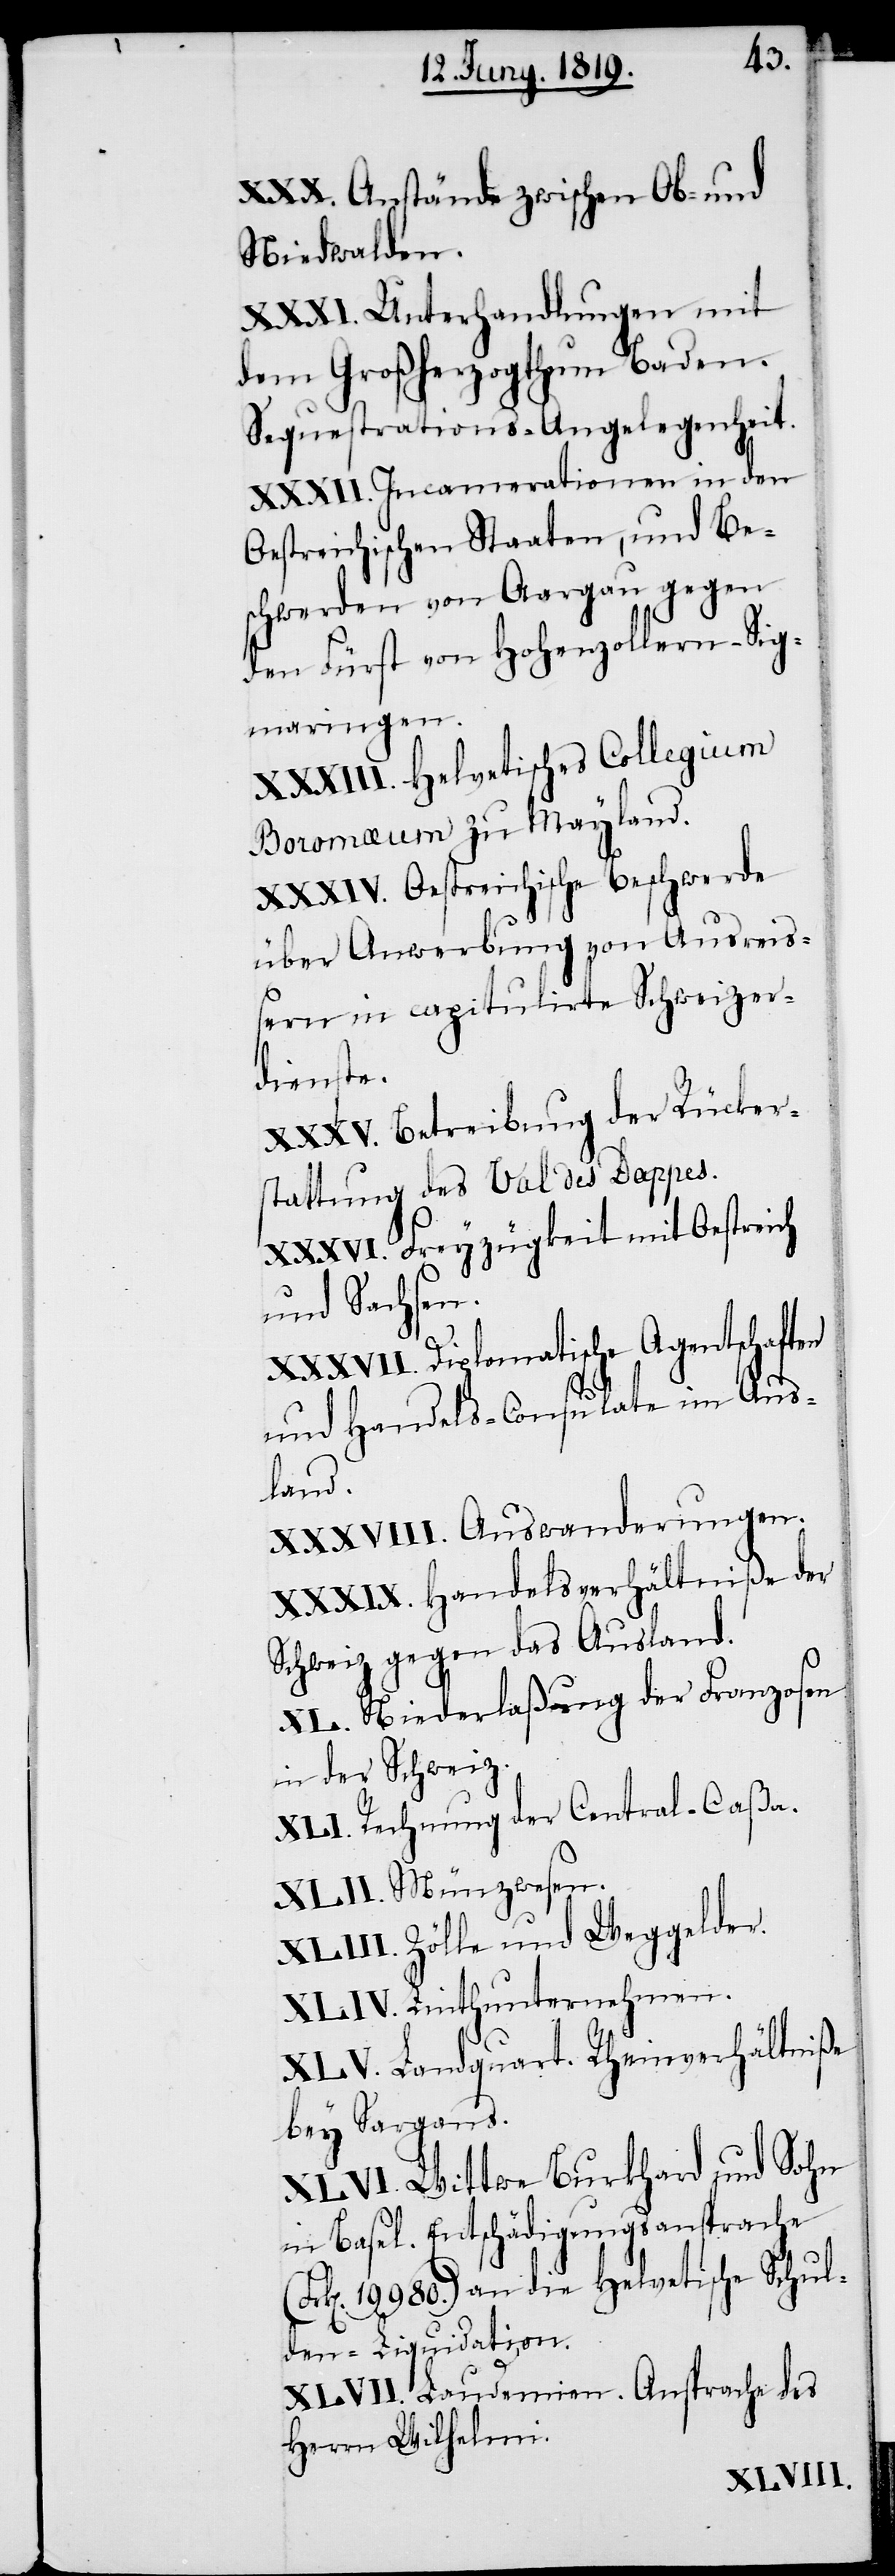
XXX. Anstände zwischen Ob- und
Niedwalden.
XXXI. Unterhandlungen mit
dem Großherzogthum Baden.
Sequestrations-Angelegenheit.
XXXII. Incamerationen in den
Oestreichischen Staaten, und Be¬
schwerden von Aargau gegen
den Fürst von Hohenzollern-Sig¬
maringen.
XXXIII. Helvetisches Collegium
Boromæum zu Mayland.
XXXIV. Oestreichische Beschwerde
über Anwerbung von Ausreis¬
sern in capitulirte Schweizer¬
dienste.
XXXV. Betreibung der Rücker¬
stattung des Val des Dappes.
XXXVI. Freyzügkeit mit Oestreich
und Sachsen.
XXXVII. Diplomatische Agentschaften
und Handels-Consulate im Aus¬
land.
XXXVIII. Auswanderungen.
XXXIX. Handelsverhältniße der
Schweiz gegen das Ausland.
XL. Niederlaßung der Franzosen
in der Schweiz.
XLI. Rechnung der Central-Caßa.
XLII. Münzwesen.
XLIII. Zölle und Weggelder.
XLIV. Linthunternehmen.
XLV. Landquart. Rheinverhältniße
bey Sargans.
XLVI. Wittwe Burkhard und Sohn
in Basel. Entschädigungsansprache
19980.) an die Helvetische Schul¬
den-Liquidation.
XLVII. Laudemien. Ansprache des
Herrn Wilhelmi.